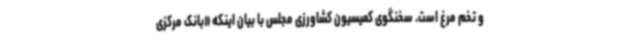
و تخم مرغ است. سخنگوی کمیسیون کشاورزی مجلس با بیان اینکه «بانک مرکزی